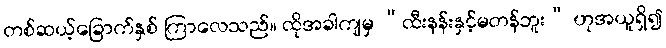
တစ်ဆယ့်ခြောက်နှစ် ကြာလေသည်။ ထိုအခါကျမှ “ထီးနန်းနှင့်မတန်ဘူး” ဟုအယူရှိ၍